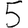
Digit: 5